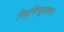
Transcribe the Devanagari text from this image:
निवृत्तिमूलकता